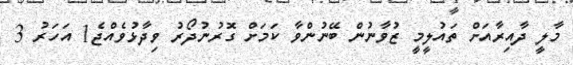
މާލީ ދާއިރާއަށް ތައުލީމީ ޒުވާނުން ބޭނުންވާ ކަމަށް ގޮރުނުދޯރު ވިދާޅުވެއްޖެ1 އަހަރު 3